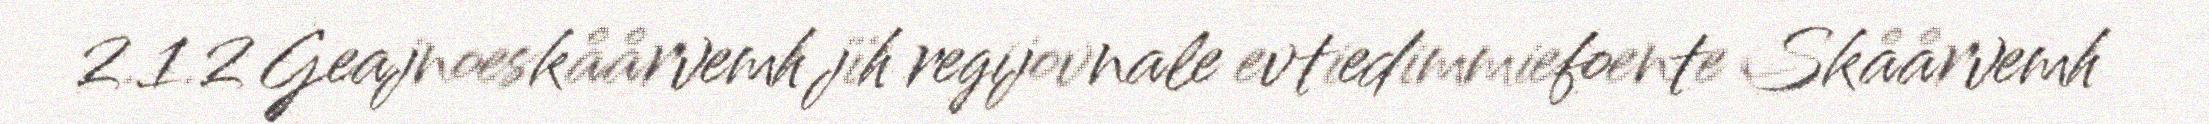
2.1.2 Geajnoeskåårvemh jïh regijovnale evtiedimmiefoente Skåårvemh